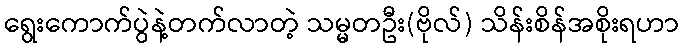
ရွေးကောက်ပွဲနဲ့တက်လာတဲ့ သမ္မတဦး(ဗိုလ်) သိန်းစိန်အစိုးရဟာ